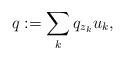
LaTeX: \begin{align*}q:=\sum_k q_{z_k}u_k,\end{align*}